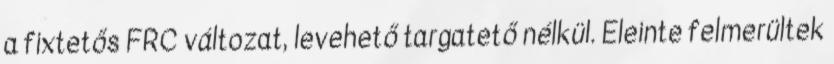
a fixtetős FRC változat, levehető targatető nélkül. Eleinte felmerültek